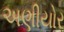
અણીયોર